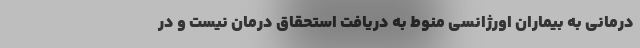
درمانی به بیماران اورژانسی منوط به دریافت استحقاق درمان نیست و در